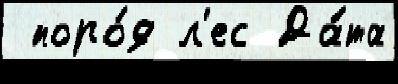
 поро́д л'ес Да́та